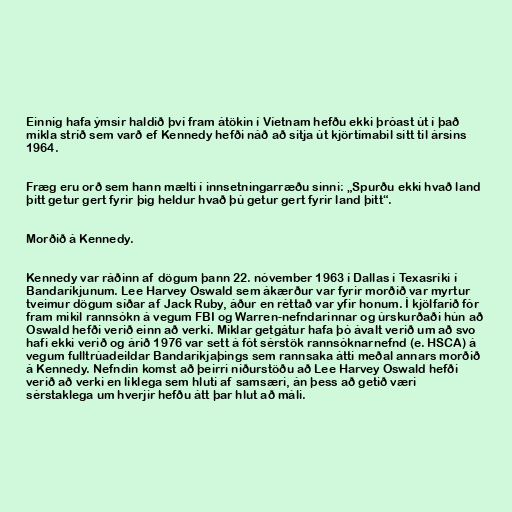
Einnig hafa ýmsir haldið því fram átökin í Víetnam hefðu ekki þróast út í það
mikla stríð sem varð ef Kennedy hefði náð að sitja út kjörtímabil sitt til ársins
1964.

Fræg eru orð sem hann mælti í innsetningarræðu sinni: „Spurðu ekki hvað land
þitt getur gert fyrir þig heldur hvað þú getur gert fyrir land þitt“.

Morðið á Kennedy.

Kennedy var ráðinn af dögum þann 22. nóvember 1963 í Dallas í Texasríki í
Bandaríkjunum. Lee Harvey Oswald sem ákærður var fyrir morðið var myrtur
tveimur dögum síðar af Jack Ruby, áður en réttað var yfir honum. Í kjölfarið fór
fram mikil rannsókn á vegum FBI og Warren-nefndarinnar og úrskurðaði hún að
Oswald hefði verið einn að verki. Miklar getgátur hafa þó ávalt verið um að svo
hafi ekki verið og árið 1976 var sett á fót sérstök rannsóknarnefnd (e. HSCA) á
vegum fulltrúadeildar Bandaríkjaþings sem rannsaka átti meðal annars morðið
á Kennedy. Nefndin komst að þeirri niðurstöðu að Lee Harvey Oswald hefði
verið að verki en líklega sem hluti af samsæri, án þess að getið væri
sérstaklega um hverjir hefðu átt þar hlut að máli.